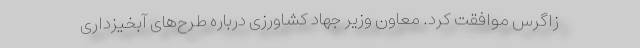
زاگرس موافقت کرد. معاون وزیر جهاد کشاورزی درباره طرح‌های آبخیزداری